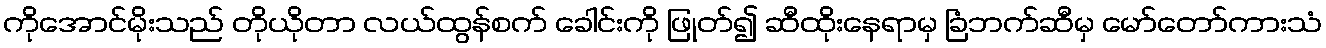
ကိုအောင်မိုးသည် တိုယိုတာ လယ်ထွန်စက် ခေါင်းကို ဖြုတ်၍ ဆီထိုးနေရာမှ ခြံဘက်ဆီမှ မော်တော်ကားသံ